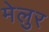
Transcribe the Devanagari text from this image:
मेलुर